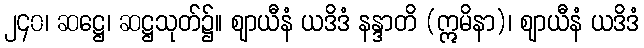
၂၄၀၊ ဆဋ္ဌေ၊ ဆဋ္ဌသုတ်၌။ ဈာယီနံ ယဒိဒံ နန္ဒာတိ (ဣမိနာ)၊ ဈာယီနံ ယဒိဒံ